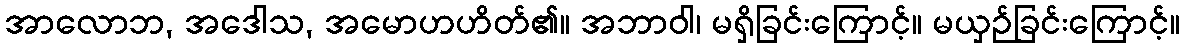
အာလောဘ, အဒေါသ, အမောဟဟိတ်၏။ အဘာဝါ၊ မရှိခြင်းကြောင့်။ မယှဉ်ခြင်းကြောင့်။